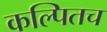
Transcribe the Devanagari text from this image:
कल्पितच